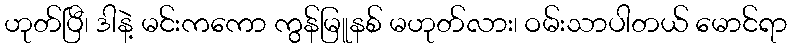
ဟုတ်ပြီ၊ ဒါနဲ့ မင်းကကော ကွန်မြူနစ် မဟုတ်လား၊ ဝမ်းသာပါတယ် မောင်ရာ